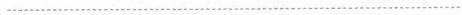
................................................................................